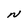
Character: N